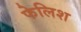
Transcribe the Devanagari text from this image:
फेलिश